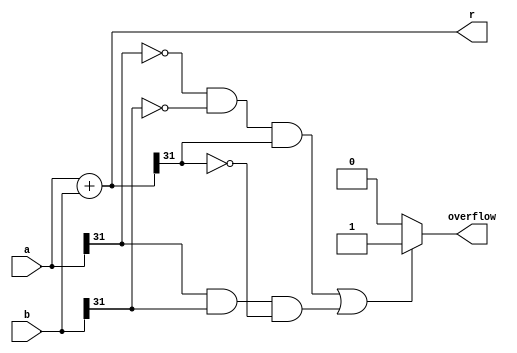
`timescale 1ns / 1ns
module ADD(
    input signed [31:0] a,
    input signed [31:0] b,
    output reg signed [31:0] r,
    output reg overflow
    );
//    assign t=a+b;
//    assign overflow=(t[32]==1)? 1:0;
    always@(*)
    begin
       r=a+b;
       if(((a[31]==0)&&(b[31]==0)&&(r[31]==1))||((a[31]==1)&&(b[31]==1)&&(r[31]==0)))
            overflow=1;
       else
            overflow=0;
    end
endmodule